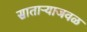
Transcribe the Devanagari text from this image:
साताऱ्याजवळ